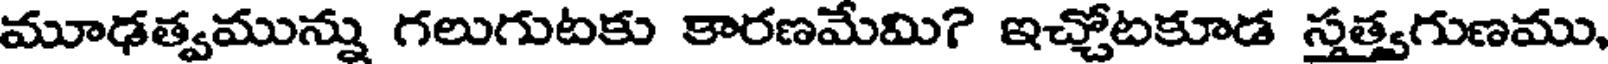
మూఢత్వమున్ను గలుగుటకు కారణమేమి? ఇచ్చోటకూడ స్తత్త్వగుణము,